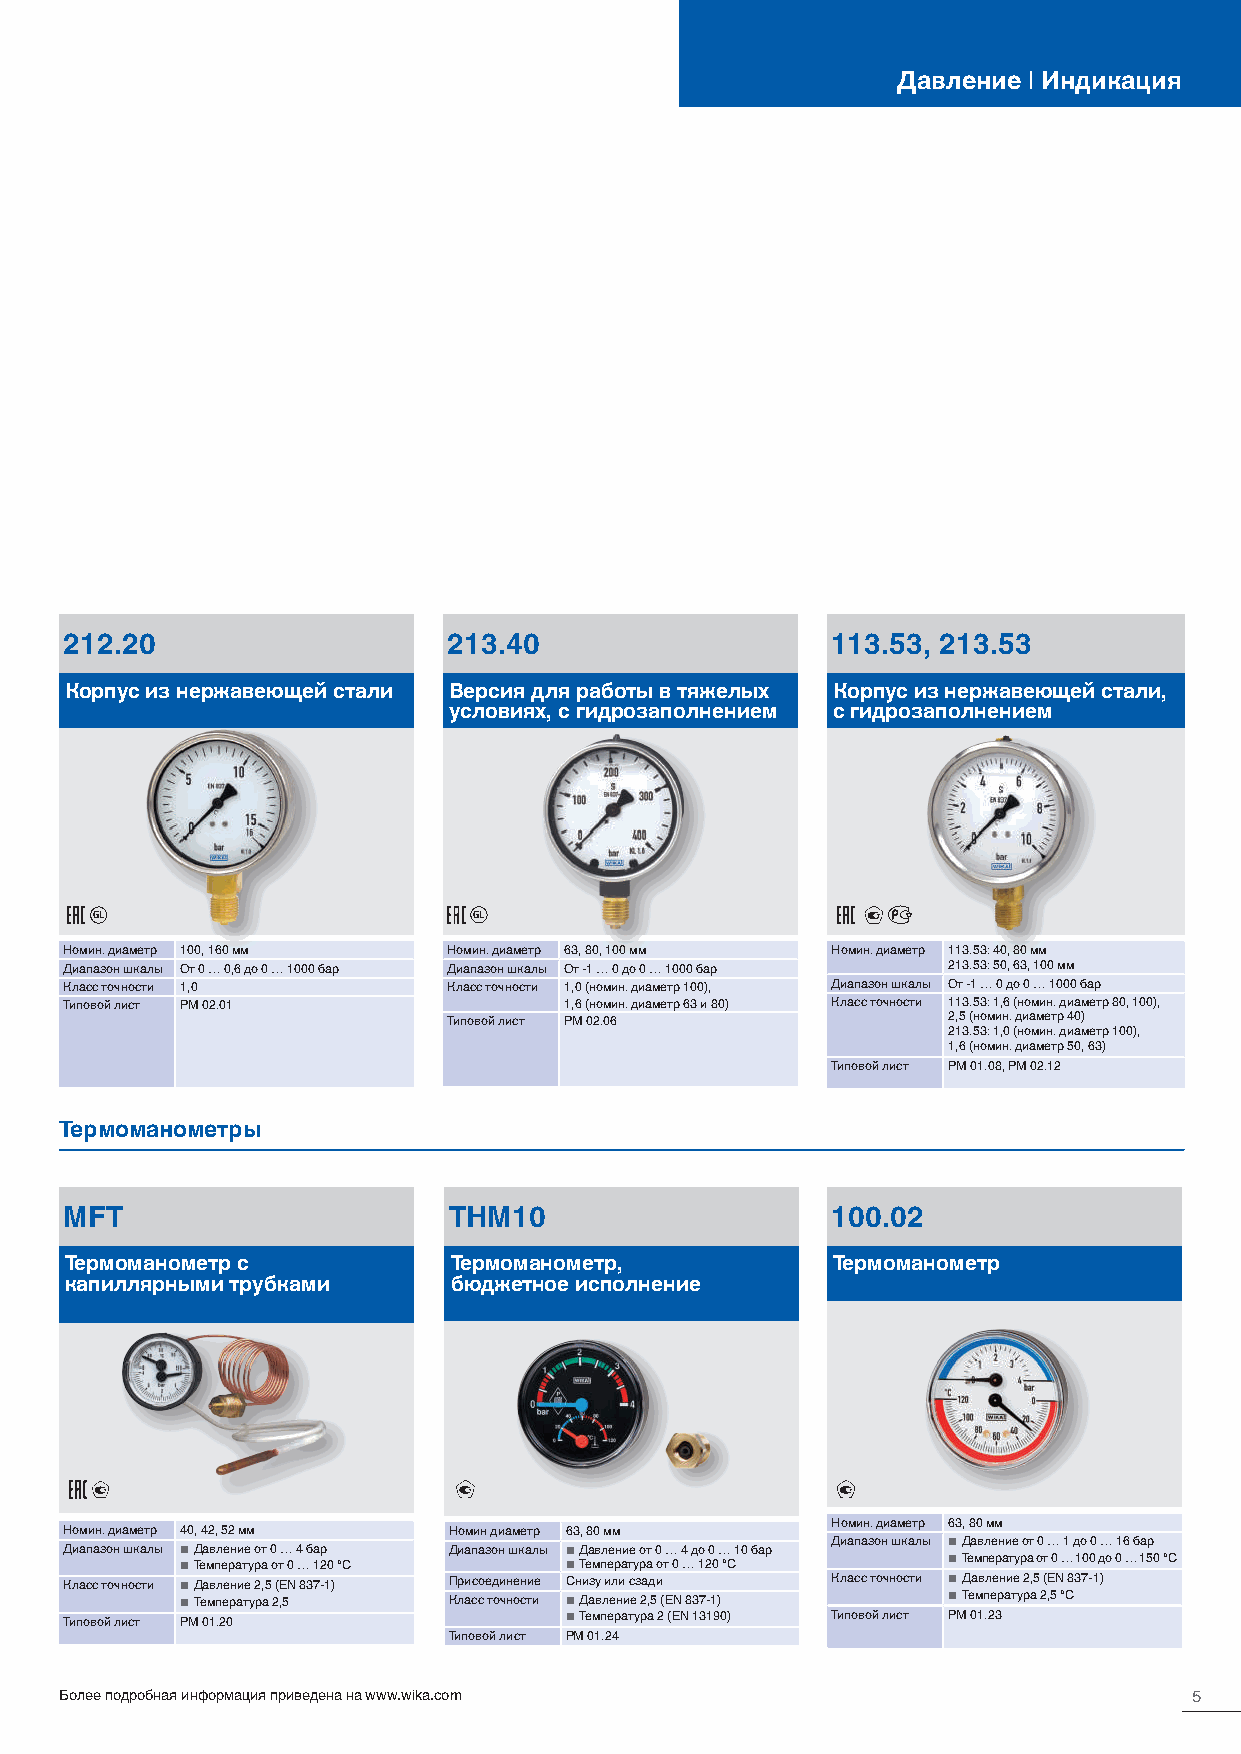
Давление | Индикация
 212.20                    213.40                   113.53, 213.53
 Корпус из нержавеющей стали Версия для работы в тяжелых Корпус из нержавеющей стали,
 условиях, с гидрозаполнением с гидрозаполнением
 GL                       GL
 Номин. диаметр 100, 160 мм Номин. диаметр 63, 80, 100 мм Номин. диаметр 113.53: 40, 80 мм
 Диапазон шкалы От 0 … 0,6 до 0 … 1000 бар Диапазон шкалы От -1 … 0 до 0 … 1000 бар 213.53: 50, 63, 100 мм
 Класс точности 1,0        Класс точности 1,0 (номин. диаметр 100), Диапазон шкалы От -1 … 0 до 0 … 1000 бар
 Типовой лист PM 02.01            1,6 (номин. диаметр 63 и 80) Класс точности 113.53: 1,6 (номин. диаметр 80, 100),
 Типовой лист PM 02.06            2,5 (номин. диаметр 40)
 213.53: 1,0 (номин. диаметр 100),
 1,6 (номин. диаметр 50, 63)
 Типовой лист PM 01.08, PM 02.12
 Термоманометры
 MFT                       THM10                    100.02
 Термоманометр с           Термоманометр,           Термоманометр
 капиллярными трубками     бюджетное исполнение
 Номин. диаметр 63, 80 мм
 Номин. диаметр 40, 42, 52 мм Номин диаметр 63, 80 мм
 Диапазон шкалы ■ Давление от 0 … 1 до 0 … 16 бар
 Диапазон шкалы ■ Давление от 0 … 4 бар Диапазон шкалы ■ Давление от 0 … 4 до 0 … 10 бар
 ■ Температура от 0 … 120 °C ■ Температура от 0 … 120 °C ■ Температура от 0 … 100 до 0 … 150 °C
 Класс точности ■ Давление 2,5 (EN 837-1) Присоединение Снизу или сзади Класс точности ■ Давление 2,5 (EN 837-1)
 ■ Температура 2,5 Класс точности ■ Давление 2,5 (EN 837-1) ■ Температура 2,5 °C
 Типовой лист PM 01.20            ■ Температура 2 (EN 13190) Типовой лист PM 01.23
 Типовой лист PM 01.24
 Более подробная информация приведена на www.wika.com                       5